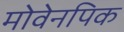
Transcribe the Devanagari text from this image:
मोवेनपिक